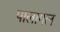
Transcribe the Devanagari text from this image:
पालागल